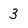
Character: 3